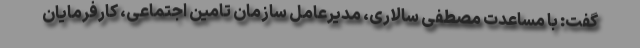
گفت: با مساعدت مصطفی سالاری، مدیرعامل سازمان تامین اجتماعی، کارفرمایان